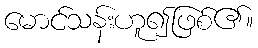
မောင်သန်းဟူ၍ဖြစ်၏။